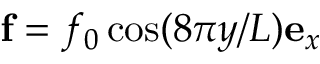
{ \bf f } = f _ { 0 } \cos ( 8 \pi y / L ) { \bf e } _ { x }